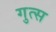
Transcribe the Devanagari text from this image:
गुत्स